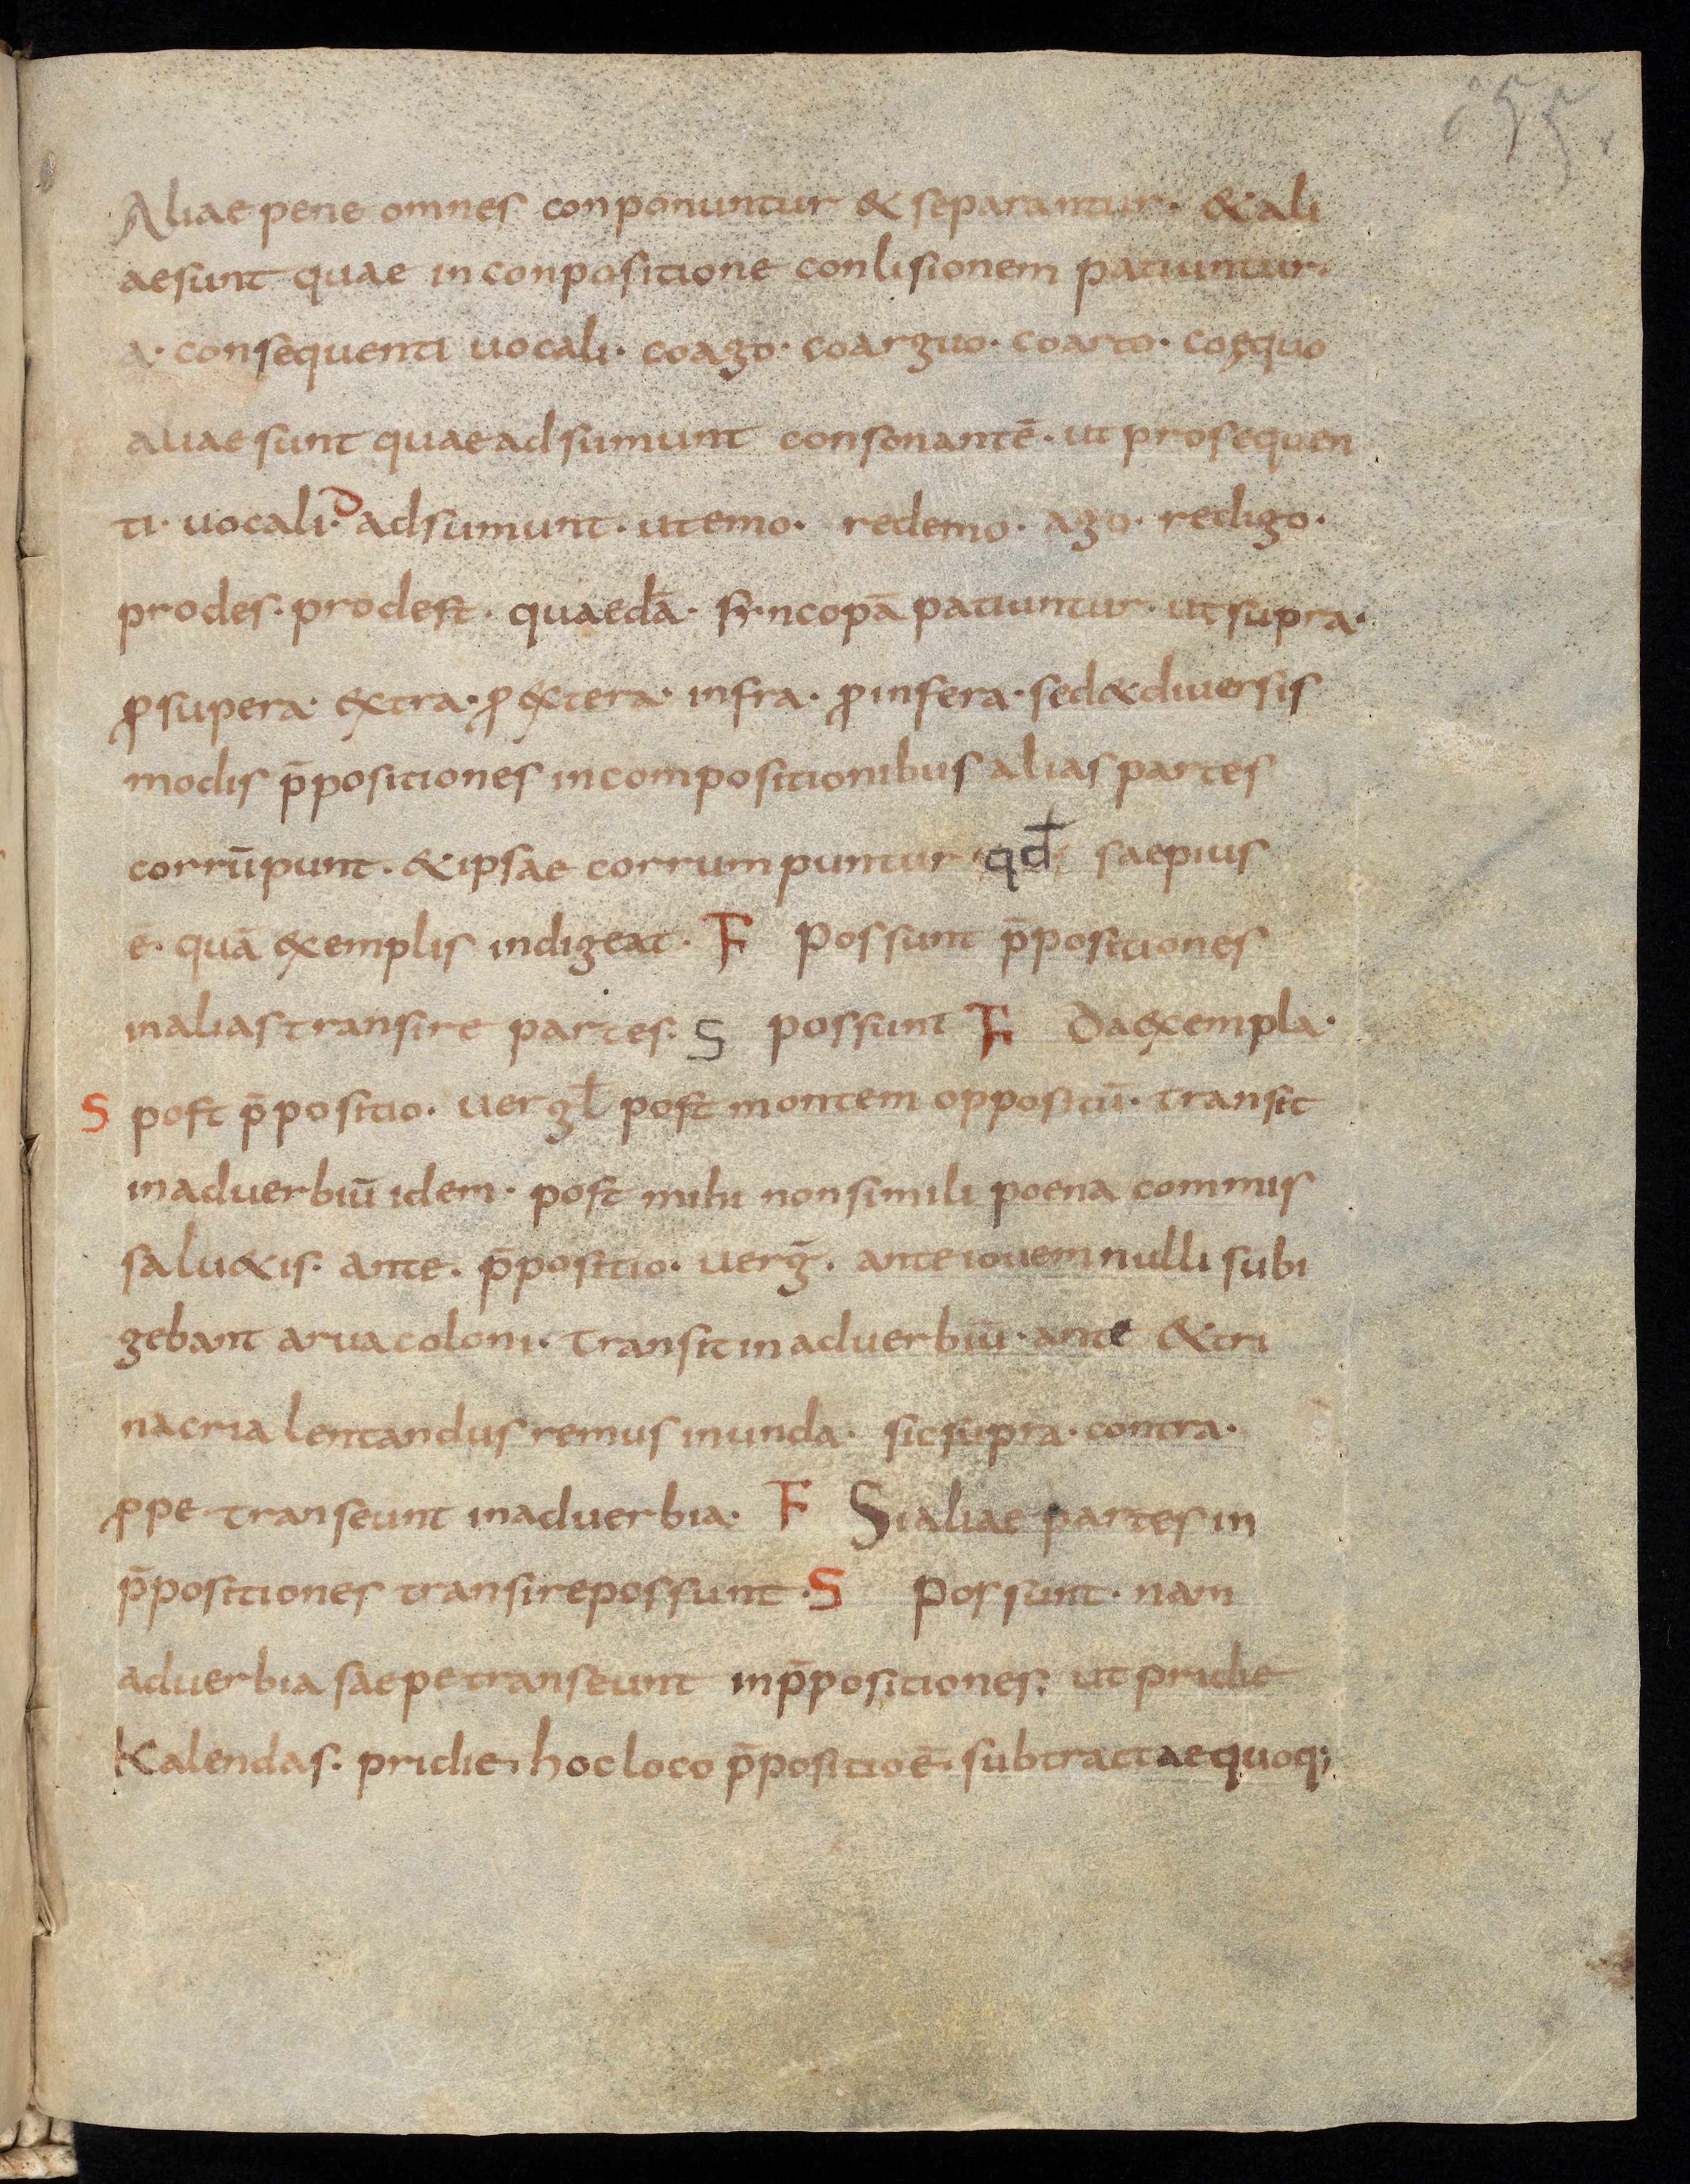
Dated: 800–899